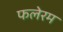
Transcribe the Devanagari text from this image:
फलेरम